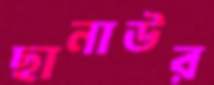
ছানাউর